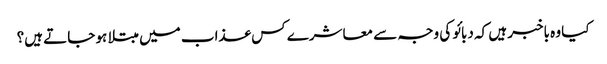
کیا وہ باخبر ہیں کہ دبائو کی وجہ سے معاشرے کس عذاب میں مبتلا ہو جاتے ہیں؟